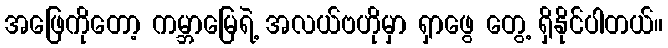
အဖြေကိုတော့ ကမ္ဘာမြေရဲ့ အလယ်ဗဟိုမှာ ရှာဖွေ တွေ့ ရှိနိုင်ပါတယ်။